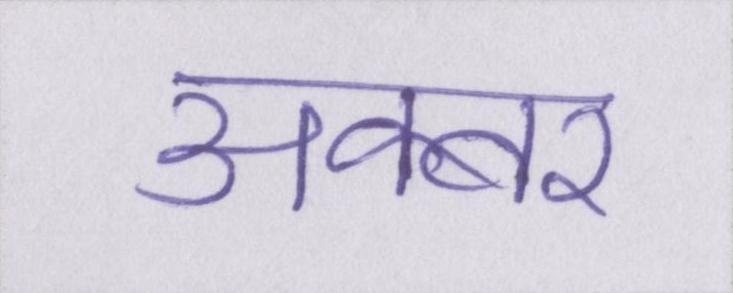
अक्बर